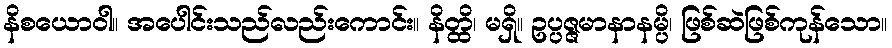
နိစယောဝါ။ အပေါင်းသည်လည်းကောင်း။ နိတ္ထိ၊ မရှိ။ ဥပ္ပဇ္ဇမာနာနမ္ပိ၊ ဖြစ်ဆဲဖြစ်ကုန်သော။